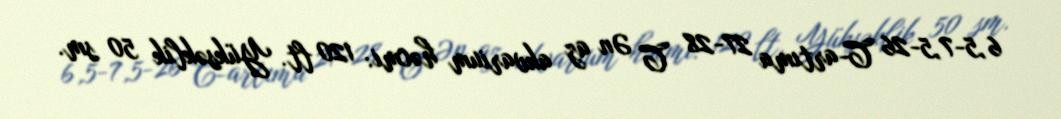
6,5-7,5-26 C-artıma 27-28 C Ən az akvarium həcmi: 120 lt. Yüksəklik 50 sm.